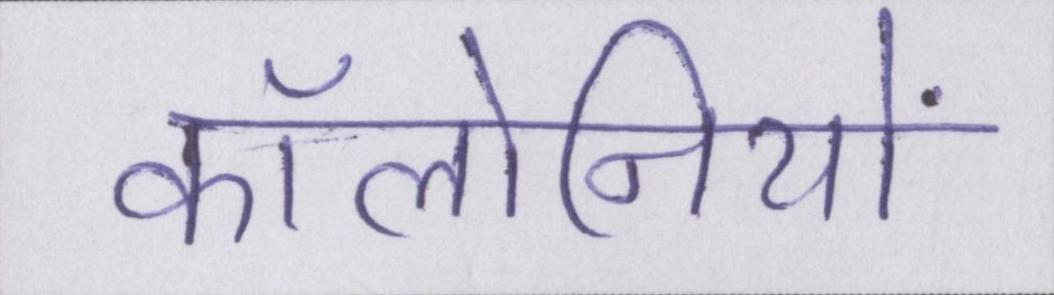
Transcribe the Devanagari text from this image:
कॉलोनियों